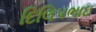
દિલિપભાઇ